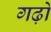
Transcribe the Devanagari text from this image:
गढ़ो